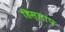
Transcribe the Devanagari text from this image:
हिस्लाप